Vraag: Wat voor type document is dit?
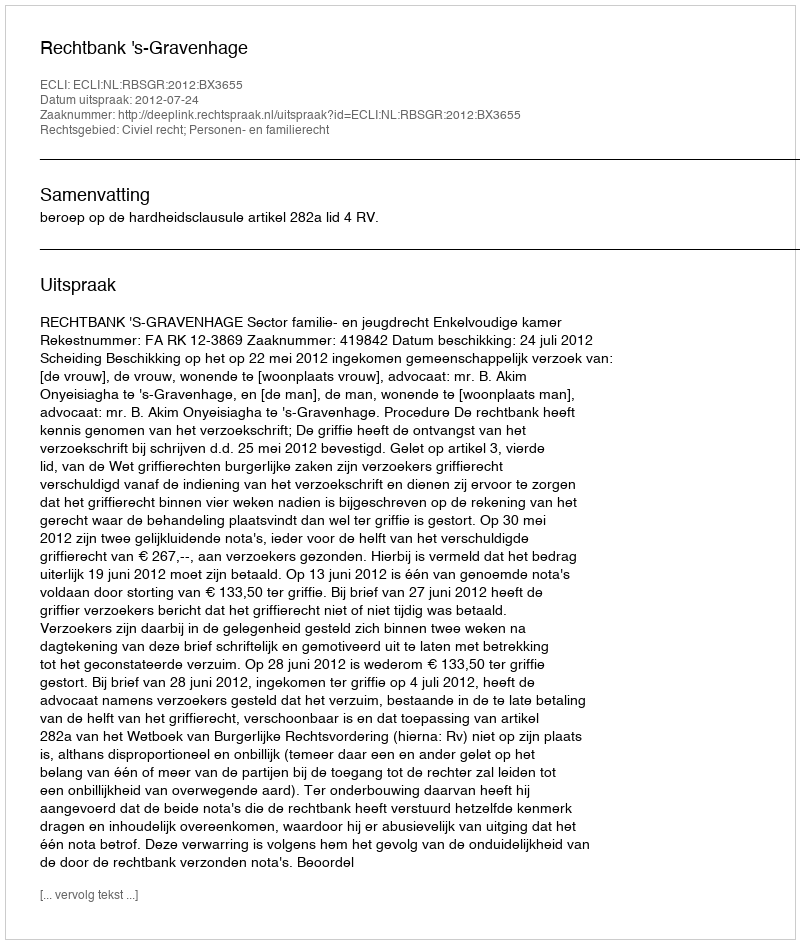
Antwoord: Uitspraak